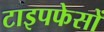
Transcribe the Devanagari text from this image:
टाइपफेसों